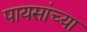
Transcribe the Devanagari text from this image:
पायसांच्या